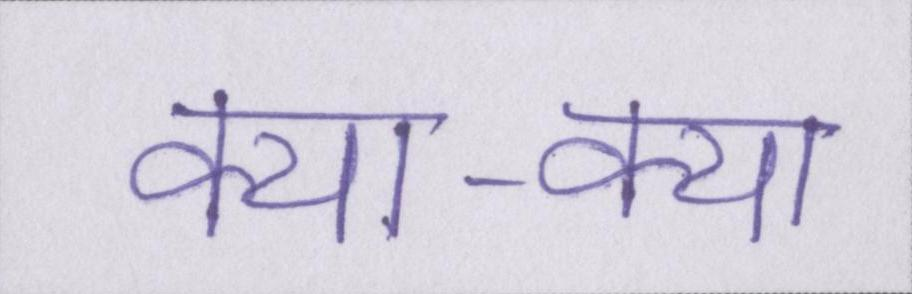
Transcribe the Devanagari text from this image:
क्या-क्या